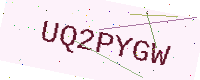
Text: UQ2PYGW